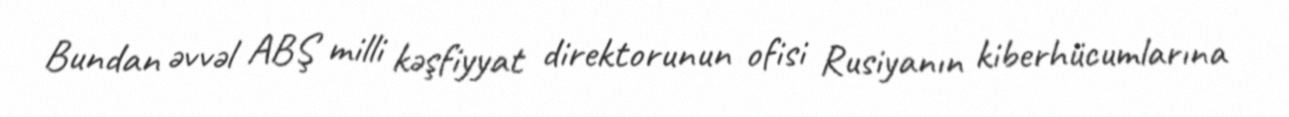
Bundan əvvəl ABŞ milli kəşfiyyat direktorunun ofisi Rusiyanın kiberhücumlarına